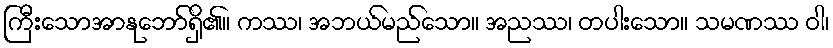
ကြီးသောအာနုဘော်ရှိ၏။ ကဿ၊ အဘယ်မည်သော။ အညဿ၊ တပါးသော။ သမဏဿ ဝါ၊